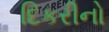
દિકરીનો